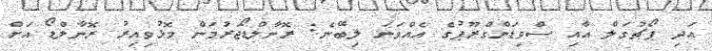
އަދި ޕޯޗުގަލް އާއި ސްވިޑަންގްރޫޕުގެ އެއްވަނަ ލިބޭނެ: ރޮނާލްޑޯޖަރުމަން މޮޅުވިއިރު ރޮނާލްޑޯ އަށް